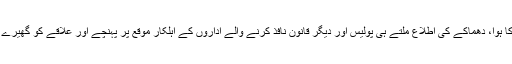
داتا دربار کے گیٹ نمبر 2 کے باہر ایلیٹ فورس کی گاڑی کے قریب زور دار دھماکا ہوا، دھماکے کی اطلاع ملتے ہی پولیس اور دیگر قانون نافذ کرنے والے اداروں کے اہلکار موقع پر پہنچے اور علاقے کو گھیرے میں لیتے ہوئے زخمیوں کو فوری طبی امداد کے لیے قریبی میو اسپتال منتقل کیا گیا۔